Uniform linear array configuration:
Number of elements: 64
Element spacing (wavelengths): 0.75
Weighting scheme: hann
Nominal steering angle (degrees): -45
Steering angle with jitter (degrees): -45.063
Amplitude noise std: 0.05
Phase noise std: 0.05

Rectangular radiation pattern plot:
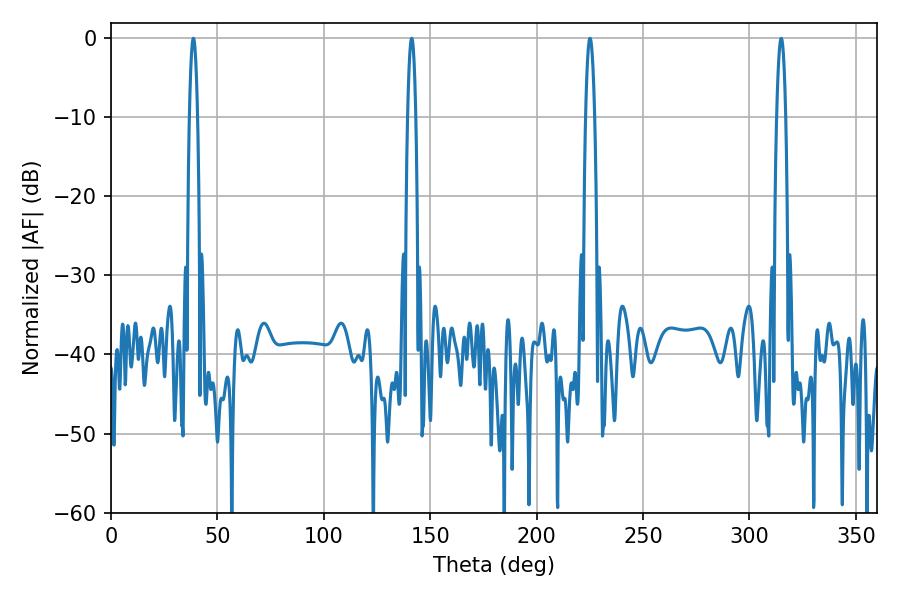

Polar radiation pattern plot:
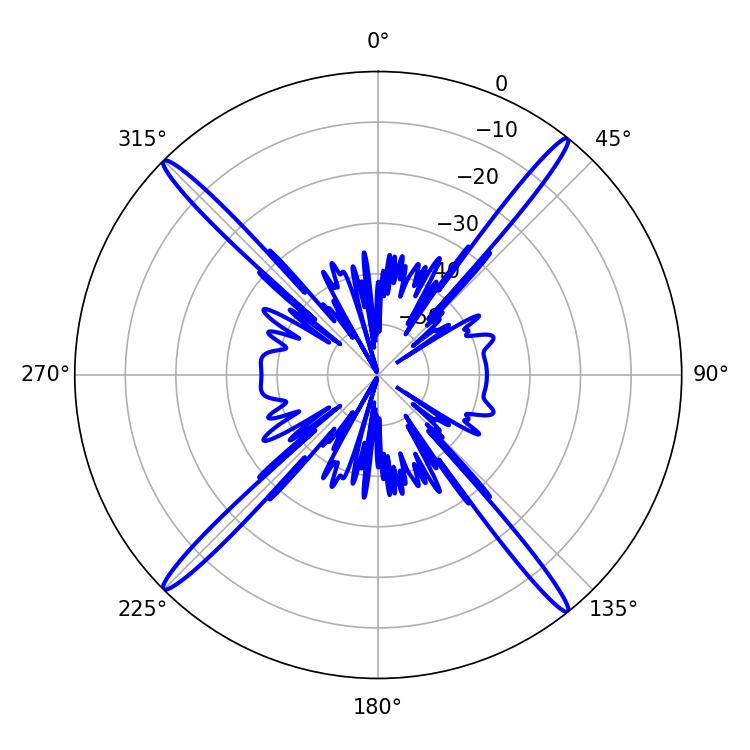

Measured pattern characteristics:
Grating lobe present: TRUE
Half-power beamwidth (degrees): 2.16
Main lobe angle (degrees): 38.7